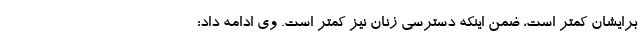
برایشان کمتر است، ضمن اینکه دسترسی زنان نیز کمتر است. وی ادامه داد: